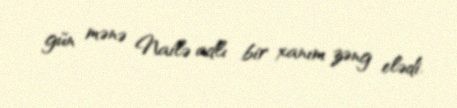
gün mənə Nailə adlı bir xanım zəng elədi.